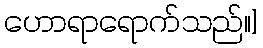
ဟောရာရောက်သည်။]